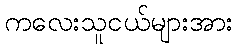
ကလေးသူငယ်များအား